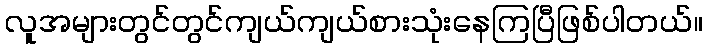
လူအများတွင်တွင်ကျယ်ကျယ်စားသုံးနေကြပြီဖြစ်ပါတယ်။